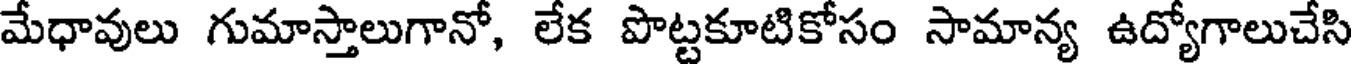
మేధావులు గుమాస్తాలుగానో, లేక పొట్టకూటికోసం సామాన్య ఉద్యోగాలుచేసి